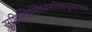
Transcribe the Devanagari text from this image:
सृष्टिस्थिस्तिध्वंसनिग्रहानुग्रहात्मकम्